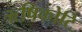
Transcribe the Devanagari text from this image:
ऋषिकोटि